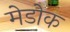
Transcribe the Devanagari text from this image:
मेडोक